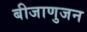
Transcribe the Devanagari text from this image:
बीजाणुजन